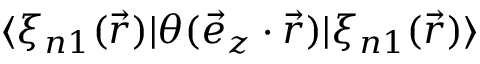
\langle \xi _ { n 1 } ( \vec { r } ) | \theta ( \vec { e } _ { z } \cdot \vec { r } ) | \xi _ { n 1 } ( \vec { r } ) \rangle